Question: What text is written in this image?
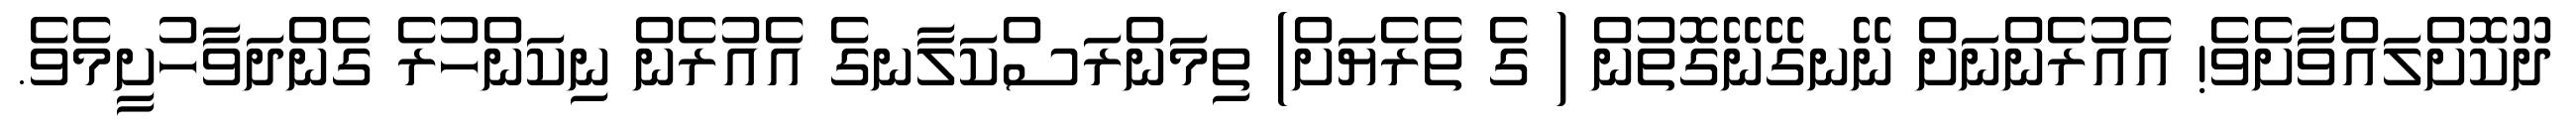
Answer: ދޫކޮށްލައްވާށެވެ! އެއުރެންނަށް ނޭނގޭނޭގޮތުން ( ގެ ތެރެޔަށް) ތިމަންރަސްކަލާނގެ އެއުރެން ނިކަންހުރެ ގެންދަވާހުށީމެވެ.